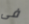
فى